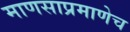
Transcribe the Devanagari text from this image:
माणसाप्रमाणेच